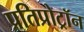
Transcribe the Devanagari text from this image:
प्रतिप्रोट्रॉन